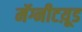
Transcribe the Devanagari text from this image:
मॅग्नीटय़ूड